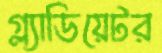
গ্ল্যাডিয়েটর